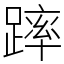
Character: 𨄮